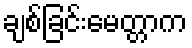
ချစ်ခြင်းမေတ္တာက